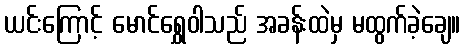
ယင်းကြောင့် မောင်ရွှေဝါသည် အခန်းထဲမှ မထွက်ခဲ့ချေ။